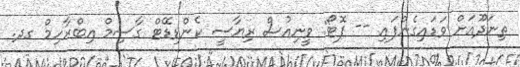
ތިނަދޫއަށް ވަޑައިގެންފައި -- ފޮޓޯ: ވީނިއުސް ރިޔާސީ ކެންޑިޑޭޓް ގާސިމް އިބްރާހިމް ގދ.